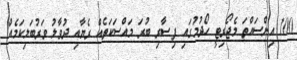
100 އިންސައްތަ މެޖޯރިޓީ ހޯދުމުގައި ފިސާރި ބުރަ މައްސަކަތެއް ރެޔާއި ދުވާލު ވަރުބަލިކަމެއް